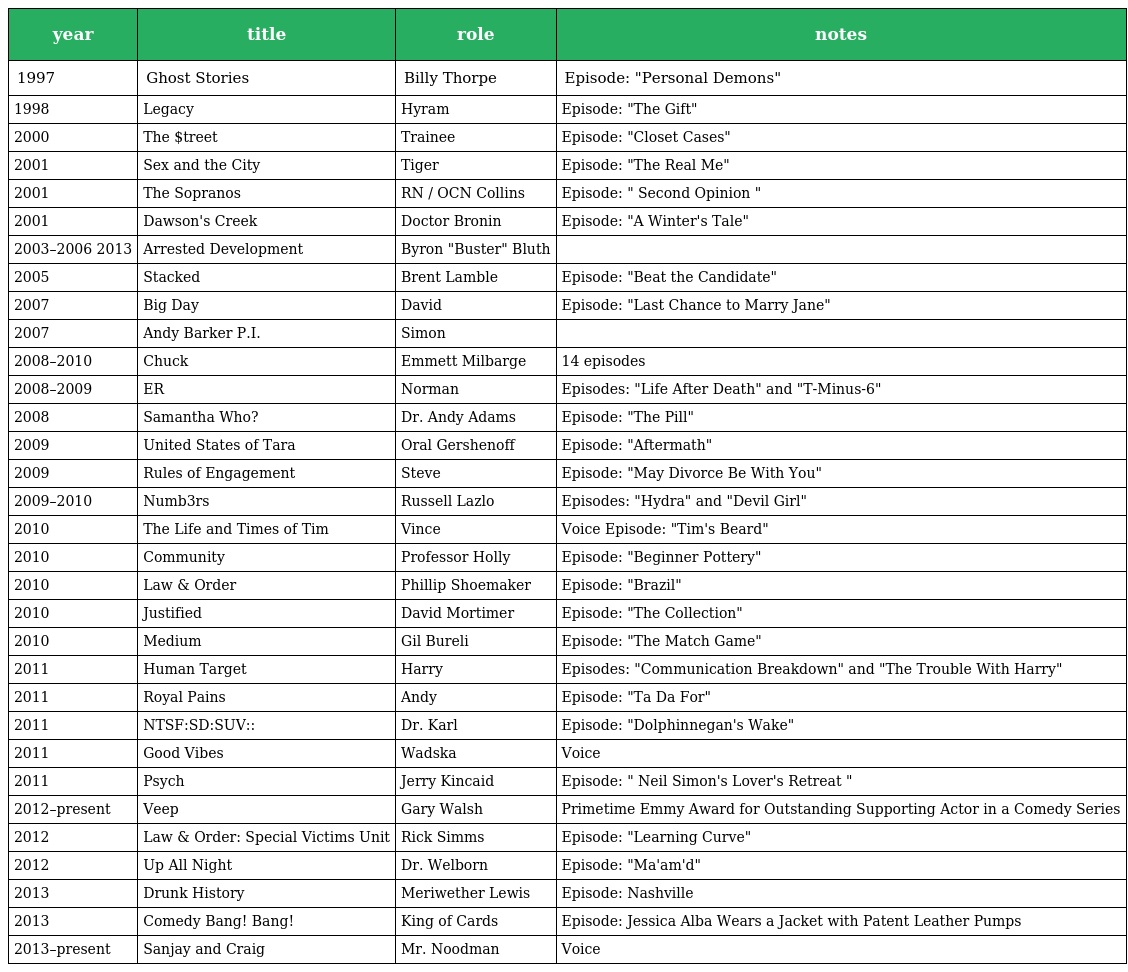
| year | title | role | notes |
 | --- | --- | --- | --- |
 | 1997 | Ghost Stories | Billy Thorpe | Episode: "Personal Demons" |
 | 1998 | Legacy | Hyram | Episode: "The Gift" |
 | 2000 | The $treet | Trainee | Episode: "Closet Cases" |
 | 2001 | Sex and the City | Tiger | Episode: "The Real Me" |
 | 2001 | The Sopranos | RN / OCN Collins | Episode: " Second Opinion " |
 | 2001 | Dawson's Creek | Doctor Bronin | Episode: "A Winter's Tale" |
 | 2003–2006 2013 | Arrested Development | Byron "Buster" Bluth |  |
 | 2005 | Stacked | Brent Lamble | Episode: "Beat the Candidate" |
 | 2007 | Big Day | David | Episode: "Last Chance to Marry Jane" |
 | 2007 | Andy Barker P.I. | Simon |  |
 | 2008–2010 | Chuck | Emmett Milbarge | 14 episodes |
 | 2008–2009 | ER | Norman | Episodes: "Life After Death" and "T-Minus-6" |
 | 2008 | Samantha Who? | Dr. Andy Adams | Episode: "The Pill" |
 | 2009 | United States of Tara | Oral Gershenoff | Episode: "Aftermath" |
 | 2009 | Rules of Engagement | Steve | Episode: "May Divorce Be With You" |
 | 2009–2010 | Numb3rs | Russell Lazlo | Episodes: "Hydra" and "Devil Girl" |
 | 2010 | The Life and Times of Tim | Vince | Voice Episode: "Tim's Beard" |
 | 2010 | Community | Professor Holly | Episode: "Beginner Pottery" |
 | 2010 | Law & Order | Phillip Shoemaker | Episode: "Brazil" |
 | 2010 | Justified | David Mortimer | Episode: "The Collection" |
 | 2010 | Medium | Gil Bureli | Episode: "The Match Game" |
 | 2011 | Human Target | Harry | Episodes: "Communication Breakdown" and "The Trouble With Harry" |
 | 2011 | Royal Pains | Andy | Episode: "Ta Da For" |
 | 2011 | NTSF:SD:SUV:: | Dr. Karl | Episode: "Dolphinnegan's Wake" |
 | 2011 | Good Vibes | Wadska | Voice |
 | 2011 | Psych | Jerry Kincaid | Episode: " Neil Simon's Lover's Retreat " |
 | 2012–present | Veep | Gary Walsh | Primetime Emmy Award for Outstanding Supporting Actor in a Comedy Series |
 | 2012 | Law & Order: Special Victims Unit | Rick Simms | Episode: "Learning Curve" |
 | 2012 | Up All Night | Dr. Welborn | Episode: "Ma'am'd" |
 | 2013 | Drunk History | Meriwether Lewis | Episode: Nashville |
 | 2013 | Comedy Bang! Bang! | King of Cards | Episode: Jessica Alba Wears a Jacket with Patent Leather Pumps |
 | 2013–present | Sanjay and Craig | Mr. Noodman | Voice |